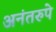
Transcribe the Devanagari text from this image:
अनंतरुपे